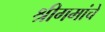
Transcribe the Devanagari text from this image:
श्रीगमांचे